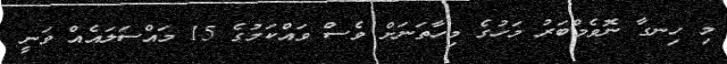
މި ހިނގާ ނޮވެމްބަރު މަހުގެ މިހާތަނަށް ވެސް ވައްކަމުގެ 15 މައްސަލައެއް ވަނީ